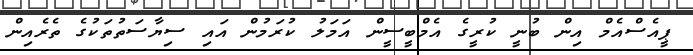
ޕީއެސްއެމް އިން ބުނީ ކުރީގެ އެމްބީސީން އަމަލު ކުރަމުން އައި ސިޔާސަތުތަކުގެ ތެރެއިން